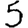
Digit: 5